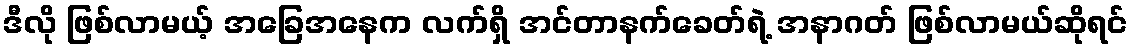
ဒီလို ဖြစ်လာမယ့် အခြေအနေက လက်ရှိ အင်တာနက်ခေတ်ရဲ့ အနာဂတ် ဖြစ်လာမယ်ဆိုရင်